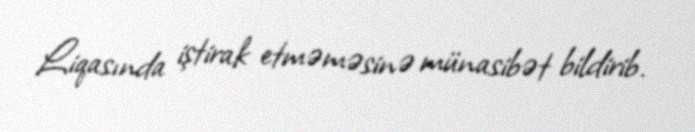
Liqasında iştirak etməməsinə münasibət bildirib.